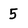
Character: 5